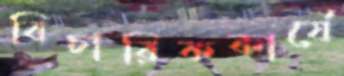
বিচারিককার্যে